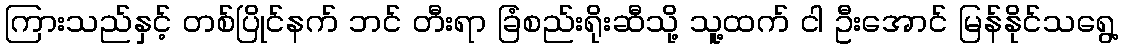
ကြားသည်နှင့် တစ်ပြိုင်နက် ဘင် တီးရာ ခြံစည်းရိုးဆီသို့ သူ့ထက် ငါ ဦးအောင် မြန်နိုင်သရွေ့